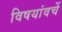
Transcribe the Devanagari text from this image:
विषयांवर्चे